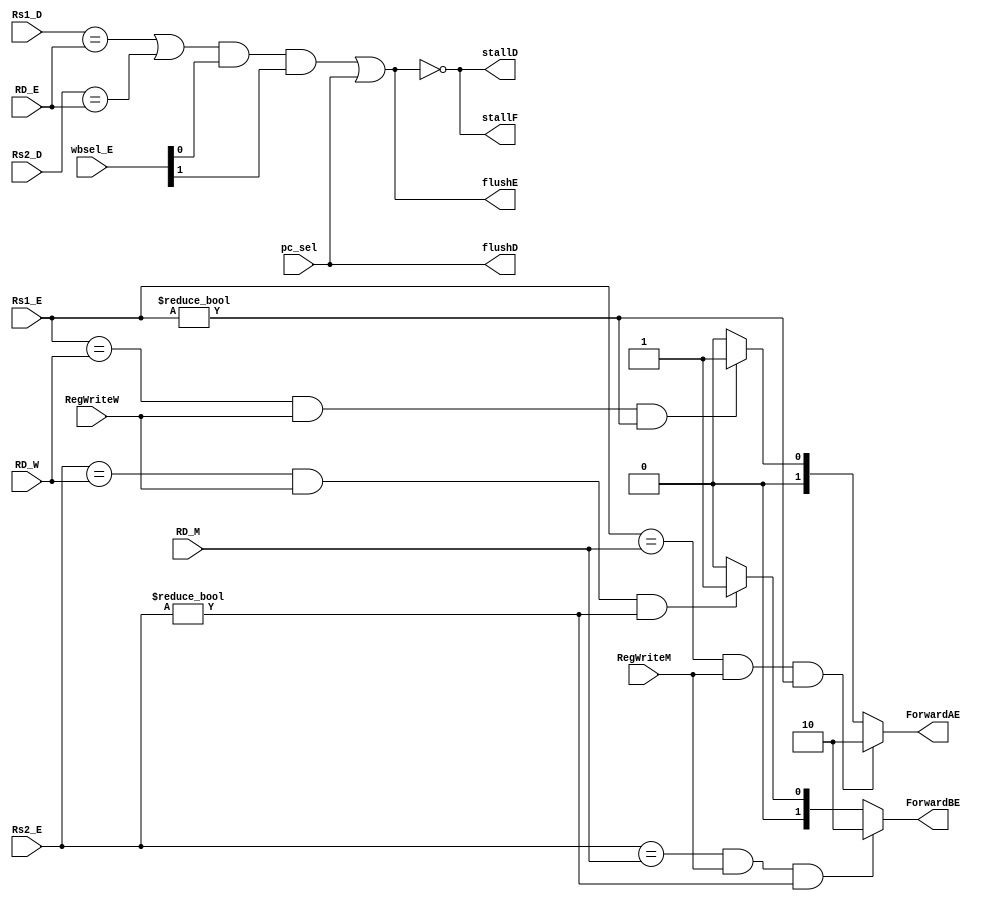
module hazard_unit(RegWriteM, RegWriteW, wbsel_E, pc_sel, RD_E, RD_M, RD_W, Rs1_D, Rs1_E, 
                   Rs2_D, Rs2_E, ForwardAE, ForwardBE, stallF, stallD, flushD, flushE);

    input RegWriteM, RegWriteW, pc_sel;
	 input [1:0] wbsel_E;
    input [4:0] RD_E, RD_M, RD_W, Rs1_D, Rs1_E, Rs2_D, Rs2_E;
    output reg [1:0] ForwardAE, ForwardBE;
	 output stallF, stallD, flushD, flushE;
	 
	 wire lwstall;
    
//    assign ForwardAE = (rst == 1'b0) ? 2'b00 : 
//                       ((RegWriteM == 1'b1) & (RD_M != 5'h00) & (RD_M == Rs1_E)) ? 2'b10 :
//                       ((RegWriteW == 1'b1) & (RD_W != 5'h00) & (RD_W == Rs1_E)) ? 2'b01 : 2'b00;
//                       
//    assign ForwardBE = (rst == 1'b0) ? 2'b00 : 
//                       ((RegWriteM == 1'b1) & (RD_M != 5'h00) & (RD_M == Rs2_E)) ? 2'b10 :
//                       ((RegWriteW == 1'b1) & (RD_W != 5'h00) & (RD_W == Rs2_E)) ? 2'b01 : 2'b00;


///// Forwarding Logic /////
always@(*)
begin
  if (((Rs1_E == RD_M) && RegWriteM) && (Rs1_E != 0))
      ForwardAE = 2'b10;
  else if (((Rs1_E == RD_W) && RegWriteW) && (Rs1_E != 0))
      ForwardAE = 2'b01;
  else
      ForwardAE = 2'b00;
end

always@(*)
begin
  if (((Rs2_E == RD_M) && RegWriteM) && (Rs2_E != 0))
      ForwardBE = 2'b10;
  else if (((Rs2_E == RD_W) && RegWriteW) && (Rs2_E != 0))
      ForwardBE = 2'b01;
  else
      ForwardBE = 2'b00;
end


/////// LW hazard control logic /////
assign lwstall = ((Rs1_D == RD_E) | (Rs2_D == RD_E)) & wbsel_E[0] & wbsel_E[1];

assign stallF = !(lwstall | pc_sel);

assign stallD = !(lwstall | pc_sel);

assign flushE = lwstall | pc_sel;


///// Brach and jump hazard control /////
assign flushD = pc_sel;

//assign stallF = 1'b1;
//assign stallD = 1'b1;
//assign flushD = 1'b0;
//assign flushE = 1'b0;

							  
endmodule